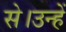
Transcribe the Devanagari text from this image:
से।उन्हें